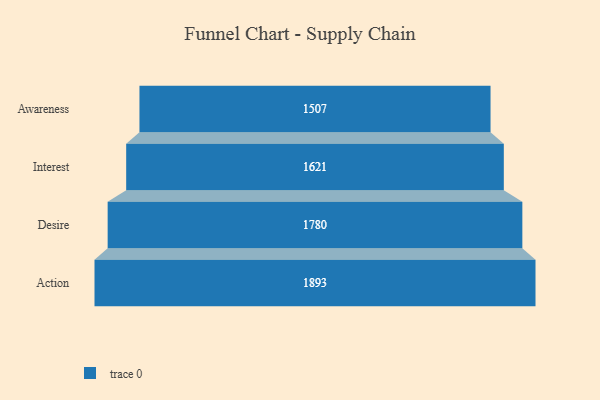
{"axis": {"x": "Stage", "y": "Value"}, "legend": [""], "data": [{"x": "Awareness", "y": 1507.0, "type": ""}, {"x": "Interest", "y": 1621.0, "type": ""}, {"x": "Desire", "y": 1780.0, "type": ""}, {"x": "Action", "y": 1893.0, "type": ""}]}